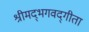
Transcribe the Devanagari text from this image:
श्रीमद्‌भगवद्‍गीता